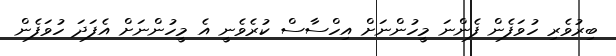
ބިރުވެރި ހުވަފެން ފެންނަ މީހުންނަށް އިހްސާސް ކުރެވެނީ އެ މީހުންނަށް އެފަދަ ހުވަފެން